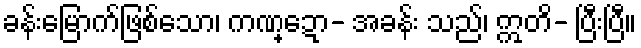
ခန်းမြောက်ဖြစ်သော၊ ကဏ္ဍော- အခန်း သည်၊ ဣတိ- ပြီးပြီ။